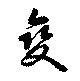
變